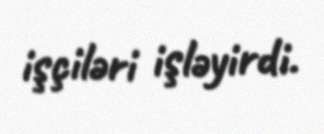
işçiləri işləyirdi.